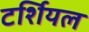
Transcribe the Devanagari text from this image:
टर्शियल